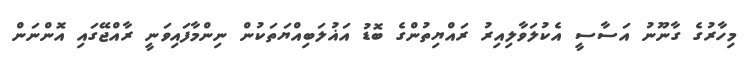
މިހާރުގެ ގާނޫނު އަސާސީ އެކުލަވާލިއިރު ރައްޔިތުންގެ ބޮޑު އަޣުލަބިއްޔަތަކުން ނިންމާފައިވަނީ ރާއްޖޭގައި އޮންނަން